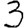
Digit: 3